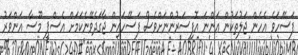
ފަސޭހަވެ އެހެން ޖަލުތަކުން އަންނަ އޮފިސަރުންނަށްވެސް ފަސޭހައިން ޖާގަދެވޭނެކަމަށް އެސްޕީ މޫސާ އަންވަރު